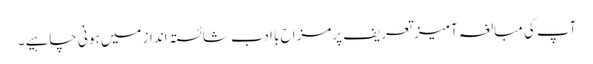
آپ کی مبالغہ آمیز تعریف پرمزاح با ادب شائستہ انداز میں ہونی چاہیے ۔